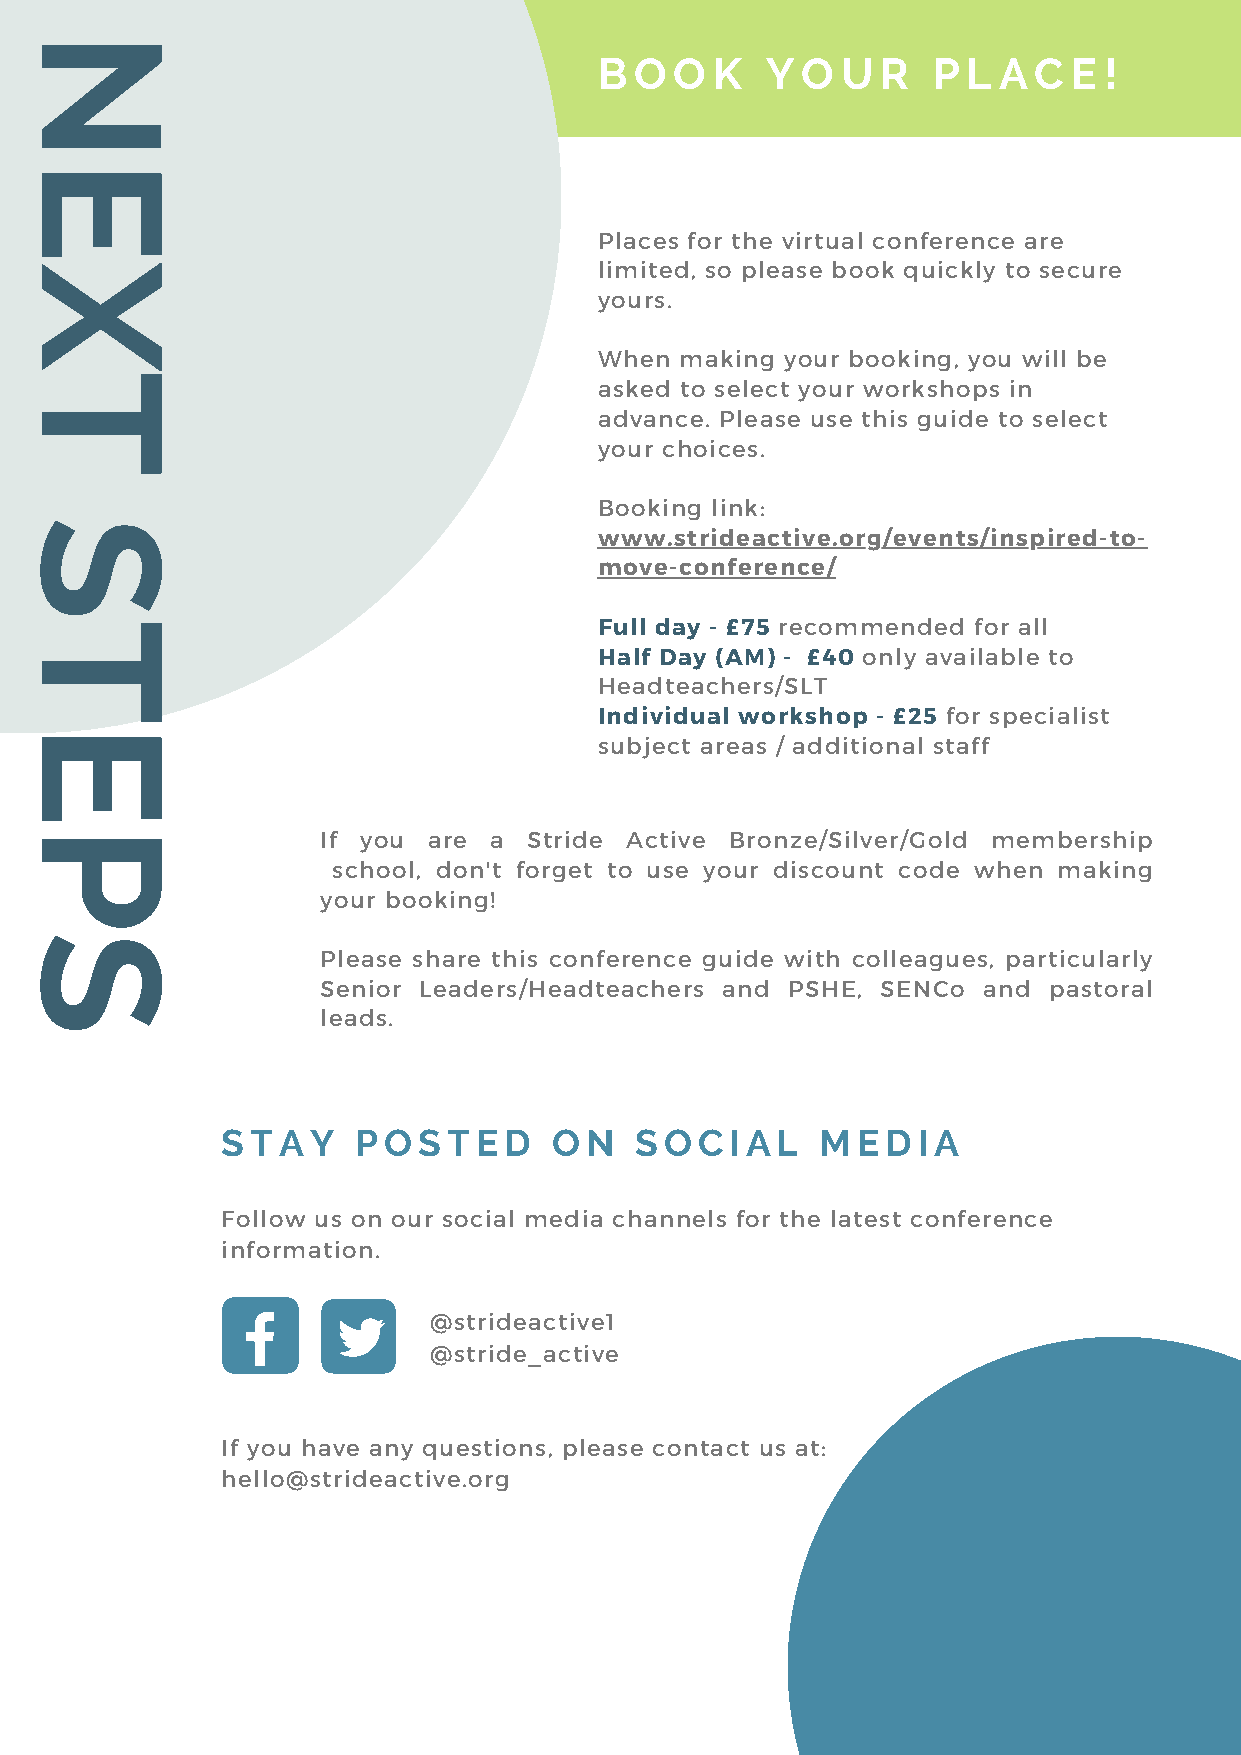
N
 B O  O K   Y O  U R   P L A C  E !
 E
 Places for the virtual conference are
 X                                       limited, so please book quickly to secure
 yours.
 When making your booking, you will be
 T
 asked to select your workshops in
 advance. Please use this guide to select
 your choices.
 Booking link:
 S
 www.strideactive.org/events/inspired-to-
 move-conference/
 T                                       Full day - £75 recommended for all
 Half Day (AM) - £40 only available to
 Headteachers/SLT
 Individual workshop - £25 for specialist
 E
 subject areas / additional staff
 P                    If you are a  Stride Active Bronze/Silver/Gold membership
 school, don't forget to use your discount code when making
 your booking!
 S
 Please share this conference guide with colleagues, particularly
 Senior Leaders/Headteachers and PSHE, SENCo and pastoral
 leads.
 STAY     POSTED       ON   SOCIAL      MEDIA
 Follow us on our social media channels for the latest conference
 information.
 @strideactive1
 @stride_active
 If you have any questions, please contact us at:
 hello@strideactive.org